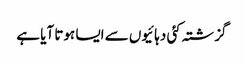
گزشتہ کئی دہائیوں سے ایسا ہوتا آیا ہے